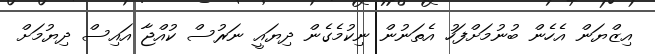
އިޒްޔަން އެހެން ބުނުމަށްފަހު އެތަނުން ނިކުމެގެން ދިޔައީ ނަރުސް ކުއްޖާ އައިސް ދިޔުމަށް